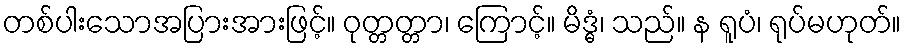
တစ်ပါးသောအပြားအားဖြင့်။ ဝုတ္တတ္တာ၊ ကြောင့်။ မိဒ္ဓံ၊ သည်။ န ရူပံ၊ ရုပ်မဟုတ်။